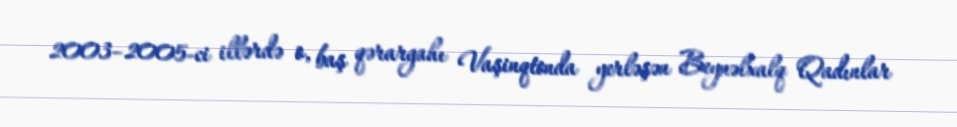
2003–2005-ci illərdə o, baş qərargahı Vaşinqtonda yerləşən Beynəlxalq Qadınlar